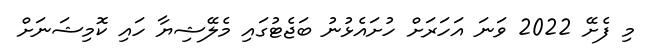
މި ފެށޭ 2022 ވަނަ އަހަރަށް ހުށައެޅުނު ބަޖެޓުގައި މެލޭޝިޔާ ހައި ކޮމިޝަނަށް